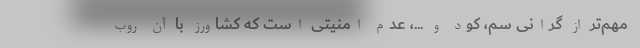
مهم‌تر از گرانی سم، کود و ...، عدم امنیتی است که کشاورز با آن روب